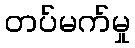
တပ်မက်မှု